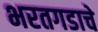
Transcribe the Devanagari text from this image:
भरतगडाचे